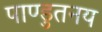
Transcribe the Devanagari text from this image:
पाण्डुतनय